Investigations on Bengal jail dietaries - Number 37
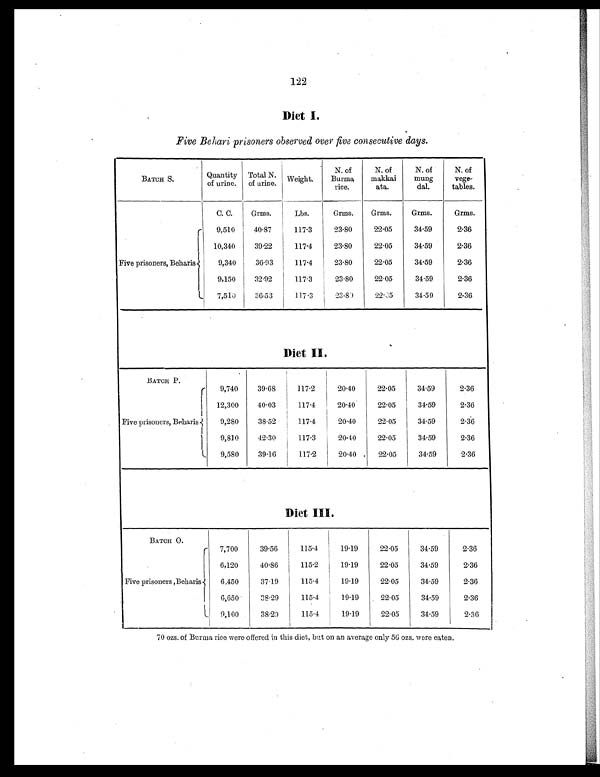
122
Diet I.
Five Behari prisoners observed over five consecutive days.
BATCH S.
Quantity
of urine.
Total N.
of urine. Weight.
N. of
Burma
rice.
N. of
makkai
ata.
N. of
mung
dal.
N. of
vege-
tables.
Five prisoners, Beharis
C. C.
Grms.
Lbs.
Grms.
Grms.
Grms.
Grms.
9,510
40.87
117.3
23.80
22.05
34.59
2.36
10,340
39.22
117.4
23.80
22.05
34.59
2.36
9,340
36.93
117.4
23.80
22.05
34.59
2.36
9,150
32.92
117.3
23.80
22.05
34.59
2.36
7,510
36.53
117.3
1 2 3 . 8 0
22.05
34.59
2.36
Diet II.
BATCH P.
9,740
39.68
117.2
20.40
22.05
34.59
2.36
Five prisoners, Beharis
12,300
40.03
117.4
2040
22.05
34.59
2.36
9,280
38.52
117.4
20.40
22.05
34.59
2.36
9,810
42.30
117.3
20.40
22.05
34.59
2.36
9,580
39.16
117.2
20.40
22.05
34.59
2.36
Diet III.
BATCH O.
7,700
39.56
115.4
19.19
22.05
34.59
2.36
Five prisoners ,Beharis
6,120
40.86
115.2
19.19
22.05
34.59
2.36
6.450
37.19
115.4
19.19
22.05
34.59
2.36
6,650
38.29
115.4
19.19
22.05
34.59
2.36
9,100
38.29
115.4
19.19
22.05
34.59
2.36
70 ozs. of Burma rice were offered in this diet, but on an average only 56 ozs. were eaten.